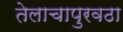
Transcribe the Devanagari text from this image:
तेलाचापुरवठा